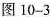
图10-3